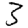
Digit: 3